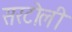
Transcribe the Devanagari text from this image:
सरटोली